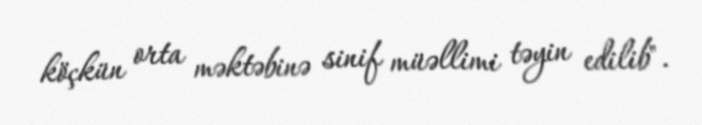
köçkün orta məktəbinə sinif müəllimi təyin edilib".